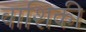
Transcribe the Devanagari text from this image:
वाशिकी